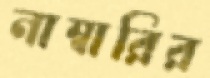
নাম্বারির